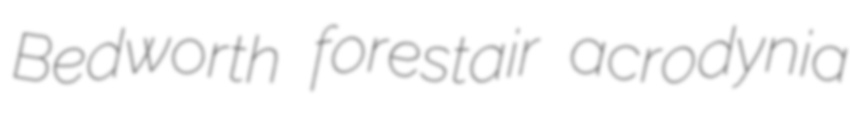
Bedworth forestair acrodynia